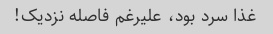
غذا سرد بود، علیرغم فاصله نزدیک!